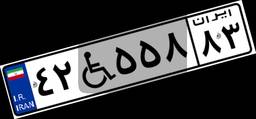
۸۱W۱۲۲۷۸